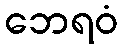
ဘေရဝံ